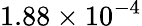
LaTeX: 1.88\times 10^{-4}